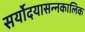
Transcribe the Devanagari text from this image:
सर्योदयासन्नकालिक